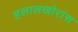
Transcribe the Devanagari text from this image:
हलालखोरांस